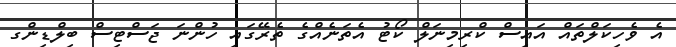
އެ ވެހިކަލްތައް އައިސް ކްރިމިނަލް ކޯޓު އެތަނެއްގެ ތެރޭގައި ހުންނަ ޖަސްޓިސް ބިލްޑިންގ